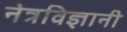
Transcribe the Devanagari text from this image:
नेत्रविज्ञानी